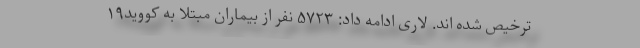
ترخیص شده اند. لاری ادامه داد: ۵۷۲۳ نفر از بیماران مبتلا به کووید۱۹